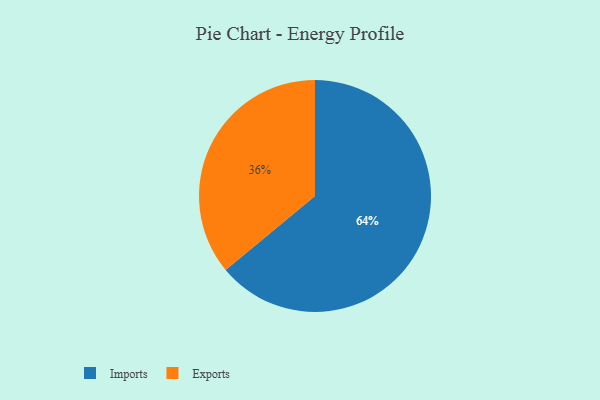
{"axis": {"x": "Category", "y": "Percentage"}, "legend": ["Exports", "Imports"], "data": [{"x": "Imports", "y": 64, "type": "Imports"}, {"x": "Exports", "y": 36, "type": "Exports"}]}